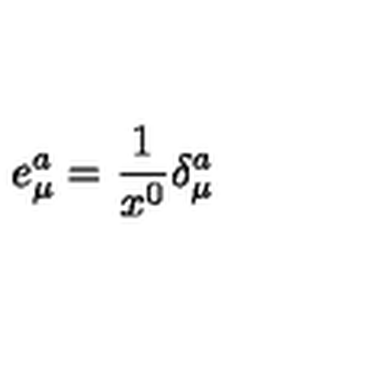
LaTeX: e _ { \mu } ^ { a } = \frac { 1 } { x ^ { 0 } } \delta _ { \mu } ^ { a }